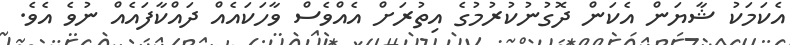
އެކަމަކު ޝާޔަން އެކަން ދޮގުނުކުރުމުގެ އިތުރަށް އެއްވެސް ވާހަކައެއް ދައްކާފައެއް ނުވެ އެވެ.